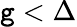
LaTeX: \mathtt{g}<\Delta